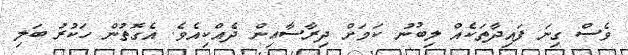
ވެސް ގިނަ ފައިދާތަކެއް ލިބުނު ކަމަށް ދިރާސާއިން ދެއްކިއެވެ. އެގޮތުން ހަކުރު ބަލި